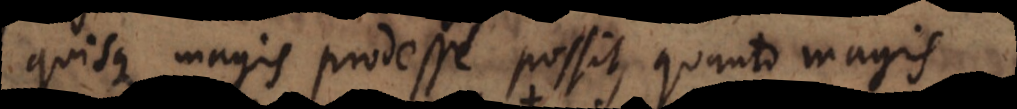
quisque magis prodesse possit, quanto magis